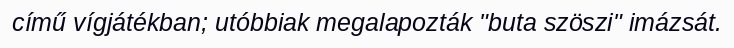
című vígjátékban; utóbbiak megalapozták "buta szöszi" imázsát.